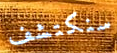
سنكتشف